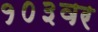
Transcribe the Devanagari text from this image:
१०३वर